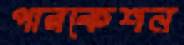
পারকেশন